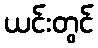
ယင်းတွင်